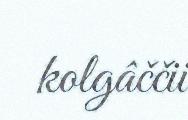
kolgâččii